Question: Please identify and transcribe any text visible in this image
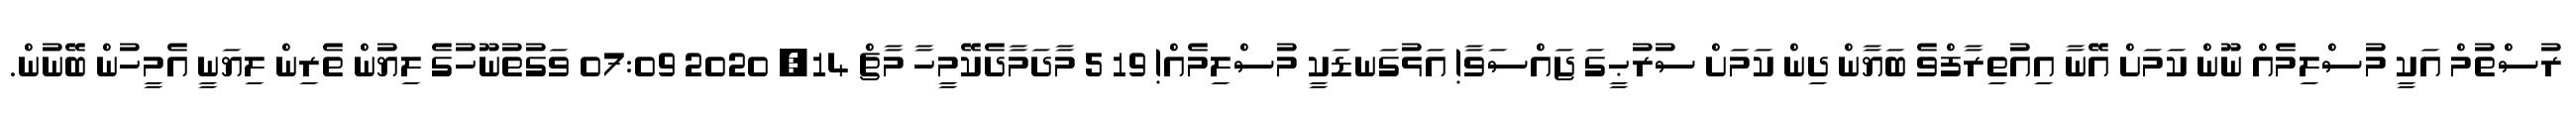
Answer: ރުސްތުމް އަކީ މުސްލިމެއް ނޫން ކަމަށް އޭނާ އިއުތިރާފްވެ ބަޔާން ދިން ކަމަށް ސުރުޙީގަ ޖައްސަވާ! އަޅުގަނޑަކީ މުސްލިމެއް! 19 5 މާދަމާދެކޭމީހާ މާޗް 14, 2020 07:09 ވަގުތުނޫހުގެ ލިޔުން ތެރިން ލިޔަނީ އެމީހުން ބޭނުން.